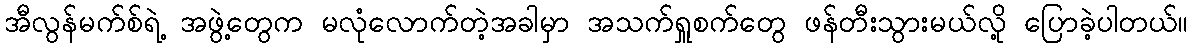
အီလွန်မက်စ်ရဲ့ အဖွဲ့တွေက မလုံလောက်တဲ့အခါမှာ အသက်ရှူစက်တွေ ဖန်တီးသွားမယ်လို့ ပြောခဲ့ပါတယ်။